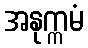
အနုက္ကမံ